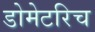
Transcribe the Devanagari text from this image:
डोमेटरिच